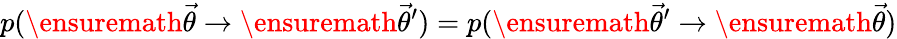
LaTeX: p(\ensuremath{\vec{\theta}}\rightarrow\ensuremath{\vec{\theta}}^{\prime})=p(\ensuremath{\vec{\theta}}^{\prime}\rightarrow\ensuremath{\vec{\theta}})